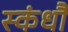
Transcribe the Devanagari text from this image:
स्कंधौ